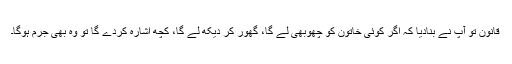
قانون تو آپ نے بنادیا کہ اگر کوئی خاتون کو چھوبھی لے گا، گھور کر دیکھ لے گا، کچھ اشارہ کردے گا تو وہ بھی جرم ہوگا۔